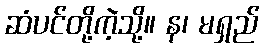
ဆံပင်တို့ကဲ့သို့။ န၊ မရှည်